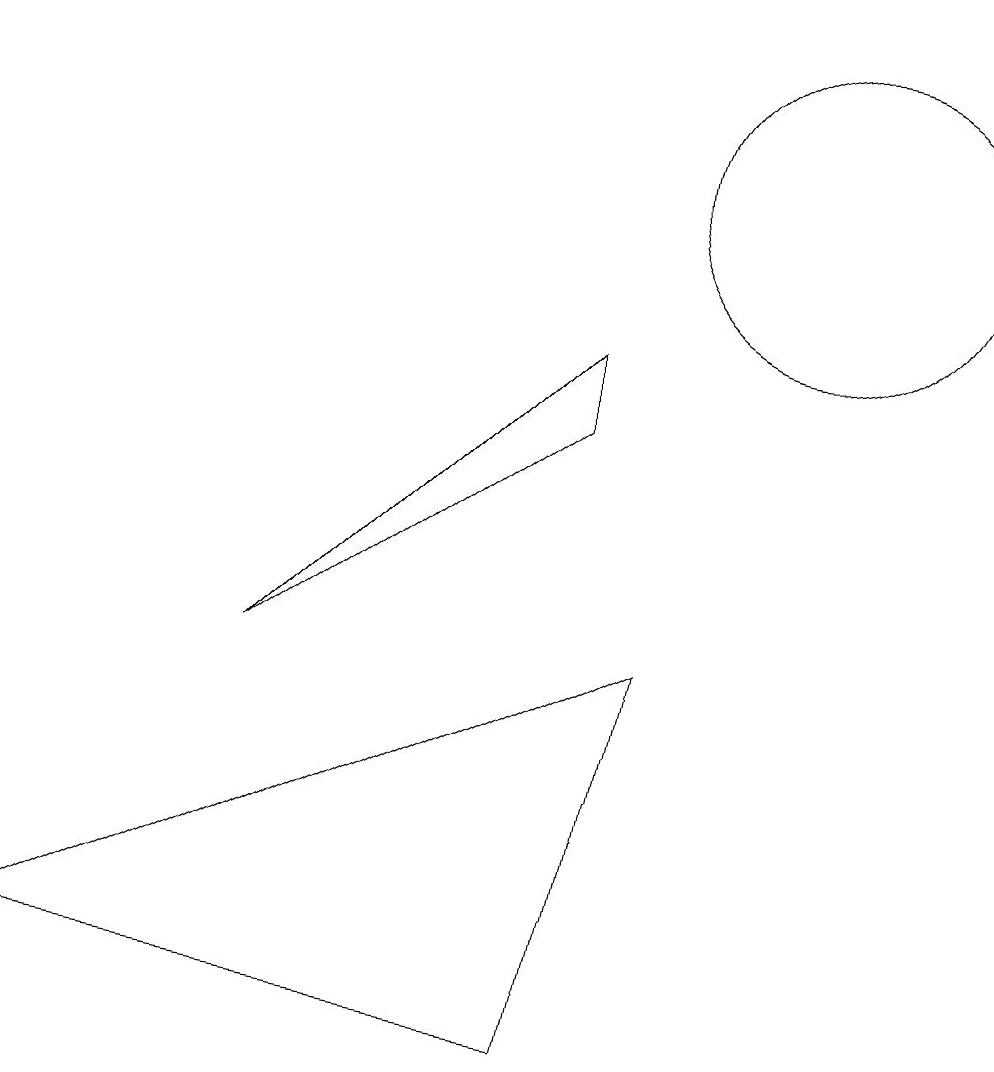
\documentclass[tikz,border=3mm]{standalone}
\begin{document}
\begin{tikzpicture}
\draw (3,5) -- (7,8) -- (7,9) -- cycle;
\draw (10,11) circle (2);
\draw (7,0) -- (8,5) -- (0,1) -- cycle;
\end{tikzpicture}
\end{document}